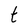
Character: t